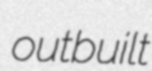
outbuilt